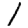
Digit: 1